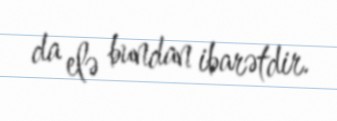
da elə bundan ibarətdir.